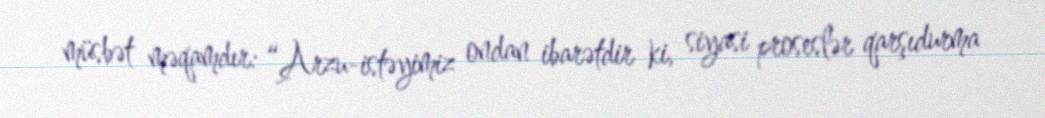
müsbət məqamdır: “Arzu-istəyimiz ondan ibarətdir ki, siyasi proseslər qarşıdurma